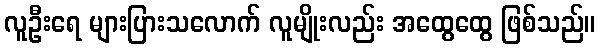
လူဦးရေ များပြားသလောက် လူမျိုးလည်း အထွေထွေ ဖြစ်သည်။